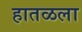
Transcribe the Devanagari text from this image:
हातळला